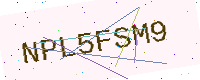
Text: NPL5FSM9